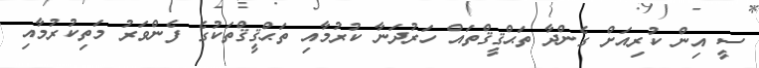
ސީ އިން ކުރިއަށް ގެންދާ ތަޙްޤީޤްތައް ހަރުދަނާ ކުރުމާއި ތަޙްޤީޤްތަކުގެ ފެންވަރު މަތިކުރުމާއި